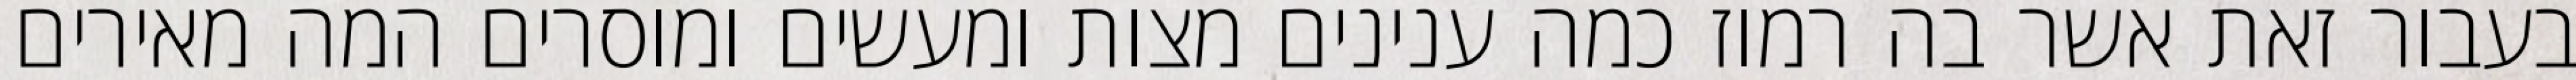
בעבור זאת אשר בה רמוז כמה ענינים מצות ומעשים ומוסרים המה מאירים